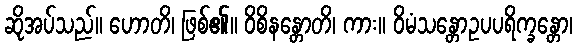
ဆိုအပ်သည်။ ဟောတိ၊ ဖြစ်၏။ ဝိစိနန္တောတိ၊ ကား။ ဝိမံသန္တောဥပပရိက္ခန္တော၊